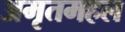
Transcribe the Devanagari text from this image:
अमृतमहल